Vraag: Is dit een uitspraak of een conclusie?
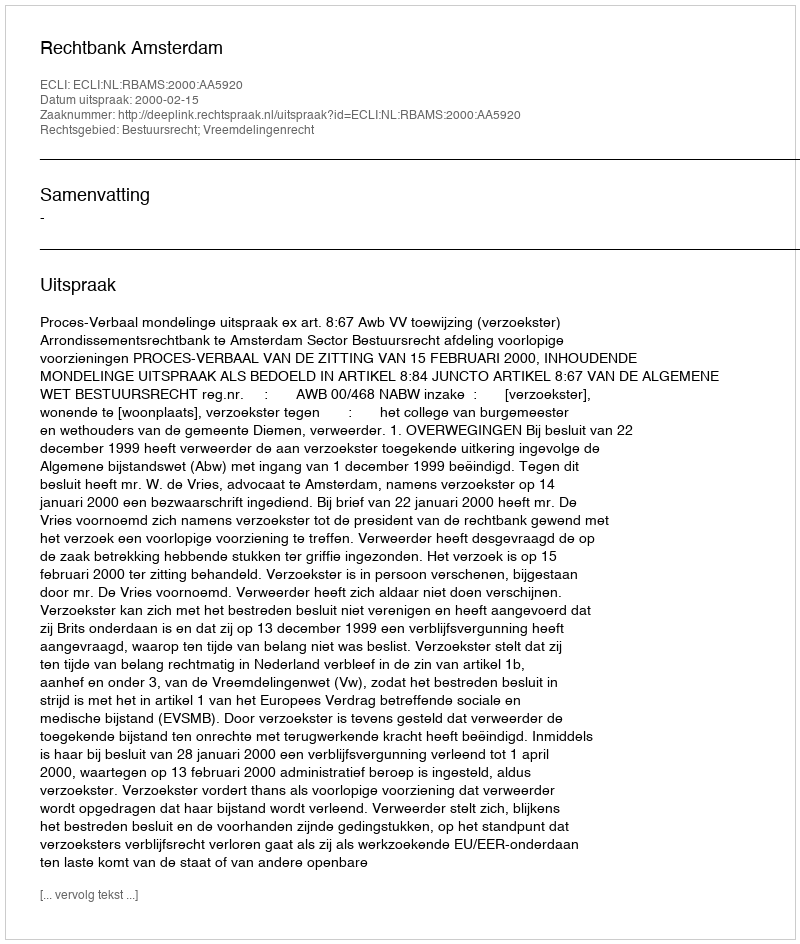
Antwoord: Uitspraak